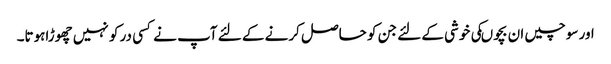
اور سوچیں ان بچوںکی خوشی کے لئے جن کو حاصل کرنے کے لئے آپ نے کسی در کو نہیں چھوڑاہوتا۔